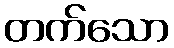
တက်သော